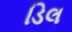
ડિલ